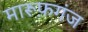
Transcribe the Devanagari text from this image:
मारूफ़गंज